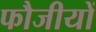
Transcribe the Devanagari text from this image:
फौजीयों